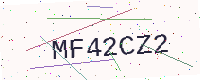
Text: MF42CZ2